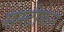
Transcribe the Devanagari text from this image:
सस्टीफेन